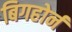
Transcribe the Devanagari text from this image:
बिगहोर्न